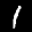
Label: 1